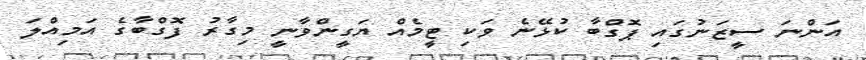
އަންނަ ސީޒަނުގައި ޕޮގްބާ ކުޅޭނެ ވަކި ޓީމެއް ޔަގީންވާނީ މިގާރު ފޮގްބާގެ އަމިއްލަ